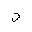
Letter: _dal